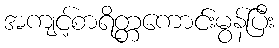
အကျင့်စာရိတ္တကောင်းမွန်ပြီး